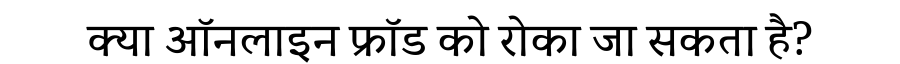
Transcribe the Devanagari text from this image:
क्या ऑनलाइन फ्रॉड को रोका जा सकता है?